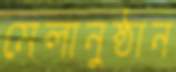
মেলানুষ্ঠান